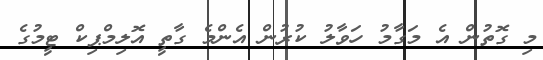
މި ގޮތުން އެ މަގާމު ހަވާލު ކުރުން އެންމެ ގާތީ އޮލިމްޕިކް ޓީމުގެ